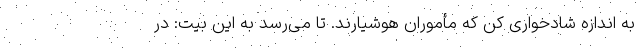
به اندازه شادخواری کن که مأموران هوشیارند. تا می‌رسد به این بیت: در